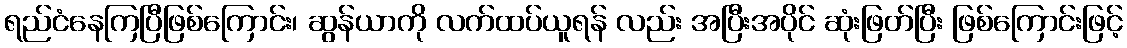
ရည်ငံနေကြပြီဖြစ်ကြောင်း၊ ဆွန်ယာကို လက်ထပ်ယူရန် လည်း အပြီးအပိုင် ဆုံးဖြတ်ပြီး ဖြစ်ကြောင်းဖြင့်